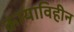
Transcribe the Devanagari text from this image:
कायाविहीन